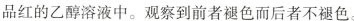
品红的乙醇溶液中。观察到前者褪色而后者不褪色。